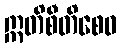
ဣတိစီတိစေဝ